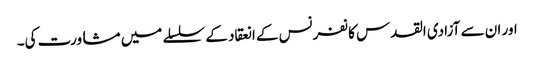
اور ان سے آزادی القدس کانفرنس کے انعقاد کے سلسلے میں مشاورت کی۔